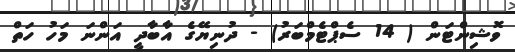
ވޮޝިންޓަން ( 14 ސެޕްޓެމްބަރު) - ދުނިޔޭގެ އާބާދީ އަންނަ މަހު ހަތް